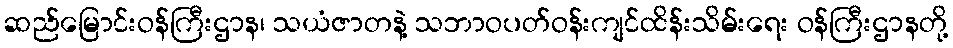
ဆည်မြောင်းဝန်ကြီးဌာန၊ သယံဇာတနဲ့ သဘာဝပတ်ဝန်းကျင်ထိန်းသိမ်းရေး ဝန်ကြီးဌာနတို့